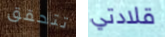
تتحقق قلادتي